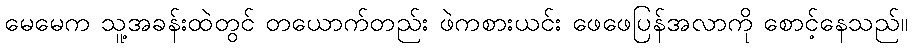
မေမေက သူ့အခန်းထဲတွင် တယောက်တည်း ဖဲကစားယင်း ဖေဖေပြန်အလာကို စောင့်နေသည်။